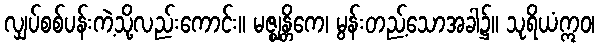
လျှပ်စစ်ပန်းကဲ့သို့လည်းကောင်း။ မဇ္ဈန္တိကေ၊ မွန်းတည့်သောအခါ၌။ သုရိယံဣဝ၊